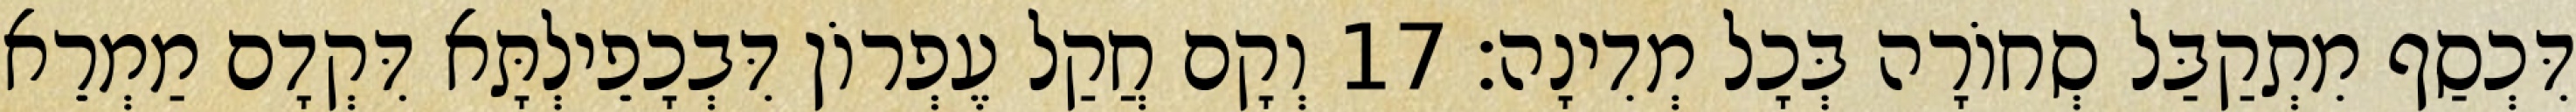
דִּכְסַף מִתְקַבַּל סְחוֹרָה בְּכָל מְדִינָה׃ 17 וְקָם חֲקַל עֶפְרוֹן דִּבְכָפֵילְתָּא דִּקְדָם מַמְרֵא